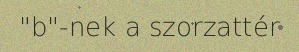
"b"-nek a szorzattér